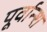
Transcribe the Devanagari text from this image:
पूर्वान्श